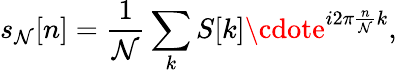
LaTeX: s_{\mathcal{N}}[n]={\frac{{1}}{{\mathcal{N}}}}\sum_{k}S[k]\cdote^{i2\pi{\frac{{n}}{{\mathcal{N}}}}k},